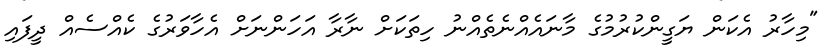
"މިހާރު އެކަން ޔަގީންކުރުމުގެ މާނައެއްނެތެއްނު ހިތަކަށް ނާރާ އަހަންނަށް އެހާވަރުގެ ކެއްސެއް ދީފައި